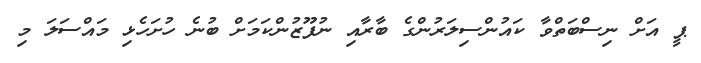
ޕީ އަށް ނިސްބަތްވާ ކައުންސިލަރުންގެ ބާރާއި ނުފޫޒުންކަމަށް ބުނެ ހުށަހެޅި މައްސަލަ މި